Anatomy and histology of ticks - Number 23
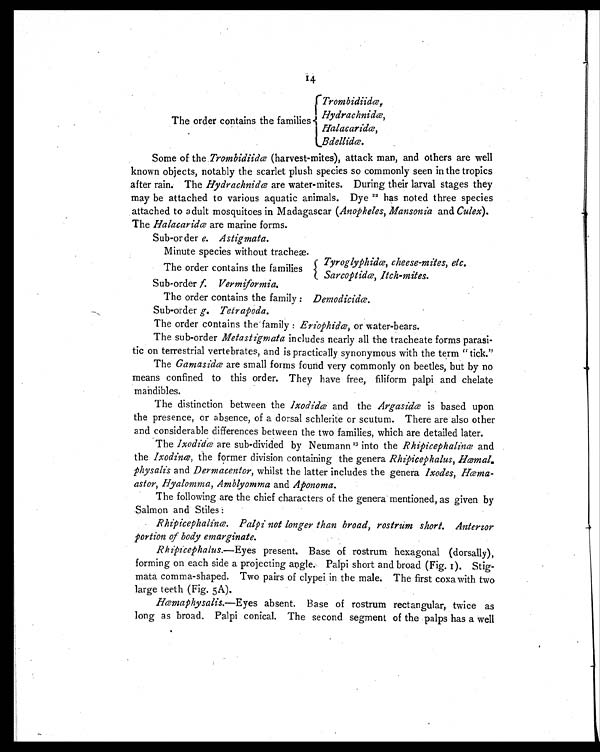
14
Trombidiidæ,
The order contains the families
Hydrachnidæ,
Halacaridæ,
Bdellicdæ.
Some of the Trombidiidæ (harvest-mites), attack man, and others are well
known objects, notably the scarlet plush species so commonly seen in the tropics
after rain. The Hydrachnidæ are water-mites. During their larval stages they
may be attached to various aquatic animals. Dye 22 has noted three species
attached to adult mosquitoes in Madagascar ( Anopheles, Mansonia and Culex).
The Halacaridæ are marine forms.
Sub-order e. Astigmata.
Minute species without tracheæ.
Tyroglyphidæ, cheese-mites, etc.
The order contains the families
Sarcoptidæ, Itch-mites.
Sub-order f. Vermiformia.
The order contains the family : Demodicidæ.
Sub-order g. Tetrapoda.
The order contains the family : Eriophidæ, or water-bears.
The sub-order Metastigmata includes nearly all the tracheate forms parasi-
tic on terrestrial vertebrates, and is practically synonymous with the term "tick."
The Gamasidæ are small forms found very commonly on beetles, but by no
means confined to this order. They have free, filiform palpi and chelate
mandibles.
The distinction between the Ixodidæ and the Argasidæ is based upon
the presence, or absence, of a dorsal schlerite or scutum. There are also other
and considerable differences between the two families, which are detailed later.
The Ixodidæ are sub-divided by Neumann23 into the Rhipicephalinæ and
the Ixodinæ, the former division containing the genera Rhipicephalus, Hæmal-
physalis and Dermacentor, whilst the latter includes the genera Ixodes, Hæma-
astor, Hyalomma, Amblyomma and Aponoma.
The following are the chief characters of the genera mentioned, as given by
Salmon and Stiles :
Rhipicephalinæ. Palpi not longer than broad, rostrum short. Anterior
portion of body emarginate.
Rhipicephalus.—Eyes present. Base of rostrum hexagonal (dorsally),
forming on each side a projecting angle. Palpi short and broad (Fig. 1). Stig-
mata comma-shaped. Two pairs of clypei in the male. The first coxa with two
large teeth (Fig. 5A).
Hæmaphysalis.—Eyes absent. Base of rostrum rectangular, twice as
long as broad. Palpi conical. The second segment of the palps has a well